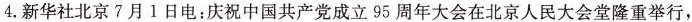
4.新华社北京7月1日电：庆祝中国共产党成立95周年大会在北京人民大会堂隆重举行，